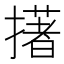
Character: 擆